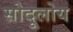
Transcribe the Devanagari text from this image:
सोदूलोय